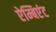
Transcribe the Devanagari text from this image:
ऐम्बिएंट